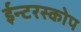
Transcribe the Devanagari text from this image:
ईन्टरस्कोप